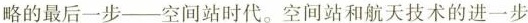
略的最后一步--空间站时代。空间站和航天技术的进一步